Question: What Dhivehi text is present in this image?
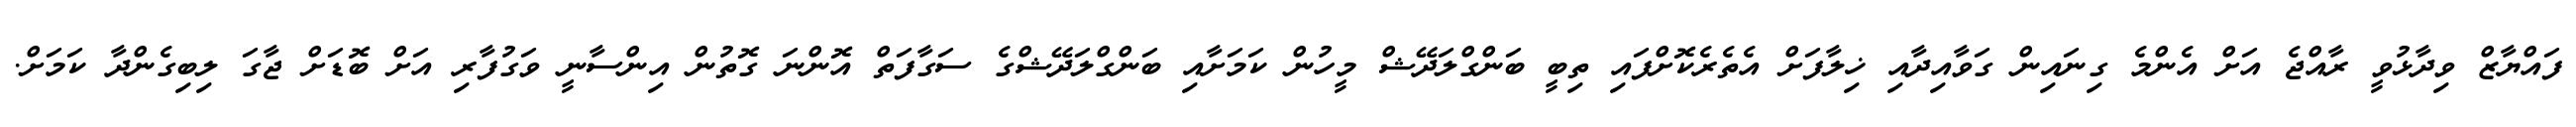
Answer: ފައްޔާޒް ވިދާޅުވީ ރާއްޖެ އަށް އެންމެ ގިނައިން ގަވާއިދާއި ޚިލާފަށް އެތެރެކޮށްފައި ތިބީ ބަންގްލަދޭޝް މީހުން ކަމަށާއި ބަންގްލަދޭޝްގެ ސަގާފަތް އޮންނަ ގޮތުން އިންސާނީ ވަގުފާރި އަށް ބޮޑަށް ޖާގަ ލިބިގެންދާ ކަމަށް.